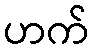
ဟက်